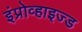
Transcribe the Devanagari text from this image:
इंप्रोव्हाइज्ड